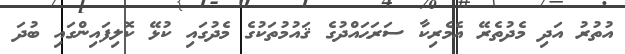
އުތުރު އަދި މެދުތެރޭ އެމެރިކާ ސަރަޙައްދުގެ ޤައުމުތަކުގެ މެދުގައި ކުޅޭ ކޮލިފައިންގައި ބުދަ